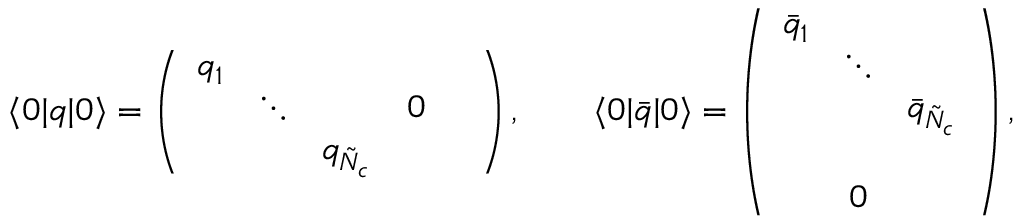
\langle 0 | q | 0 \rangle = \left( \begin{array} { c c c c c } { { q _ { 1 } } } & { { } } & { { } } & { { } } & { { } } \\ { { } } & { { \ddots } } & { { } } & { { 0 } } & { { } } \\ { { } } & { { } } & { { q _ { \tilde { N } _ { c } } } } & { { } } & { { } } \end{array} \right) , \qquad \langle 0 | { \bar { q } } | 0 \rangle = \left( \begin{array} { c c c } { { \bar { q } _ { 1 } } } & { { } } & { { } } \\ { { } } & { { \ddots } } & { { } } \\ { { } } & { { } } & { { \bar { q } _ { \tilde { N } _ { c } } } } \\ { { } } & { { } } & { { } } \\ { { } } & { { 0 } } & { { } } \end{array} \right) ,